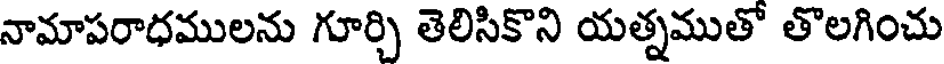
నామాపరాధములను గూర్చి తెలిసికొని యత్నముతో తొలగించు